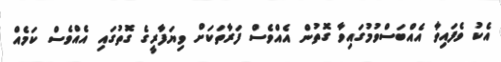
އެކު ވެފައިވާ އެއްބަސްވުމުގައިވާ ގޮތުން އެއްވެސް ފަރާތަކަށް ވިޔަފާރީގެ ގޮތުގައި އެއްވެސް ކަމެއް